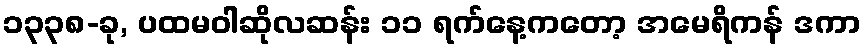
၁၃၃၈-ခု, ပထမဝါဆိုလဆန်း ၁၁ ရက်နေ့ကတော့ အမေရိကန် ဒကာ